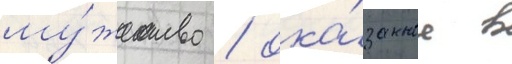
му́жество / ока́занное в